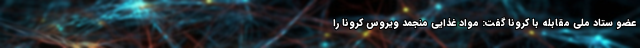
عضو ستاد ملی مقابله با کرونا گفت:‌ مواد غذایی منجمد ویروس کرونا را